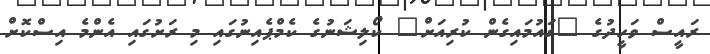
ރައީސް ވަހީދުގެ "ގައުމައިގެން ކުރިއަށް" ކޯލިޝަނުގެ ކެމްޕެއިނުގައި މި ރަށުގައި އެންމެ އިސްކޮށް